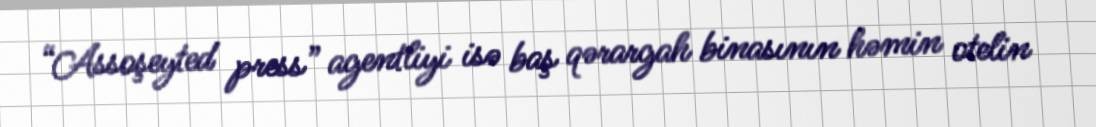
“Assoşeyted press” agentliyi isə baş qərargah binasının həmin otelin